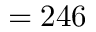
= 2 4 6